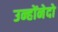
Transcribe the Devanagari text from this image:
उन्होंनेदो